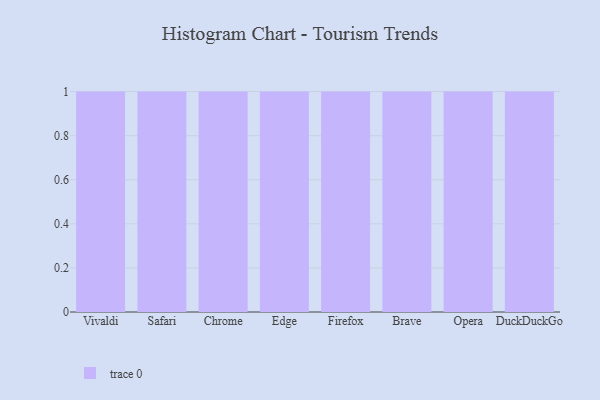
{"axis": {"x": "Browser", "y": "Bounce Rate (%)"}, "legend": [""], "data": [{"x": "Vivaldi", "y": 91, "type": ""}, {"x": "Safari", "y": 63, "type": ""}, {"x": "Chrome", "y": 8, "type": ""}, {"x": "Edge", "y": 54, "type": ""}, {"x": "Firefox", "y": 80, "type": ""}, {"x": "Brave", "y": 20, "type": ""}, {"x": "Opera", "y": 80, "type": ""}, {"x": "DuckDuckGo", "y": 95, "type": ""}]}